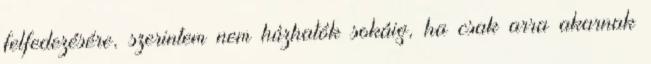
felfedezésére, szerintem nem húzhatók sokáig, ha csak arra akarnak